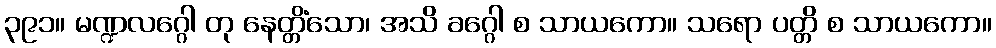
၃၉၁။ မဏ္ဍလဂ္ဂေါ တု နေတ္တိံသော၊ အသိ ခဂ္ဂေါ စ သာယကော။ သရော ပတ္တိ စ သာယကော။